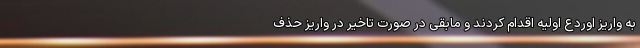
به واریز اوردع اولیه اقدام کردند و مابقی در صورت تاخیر در واریز حذف